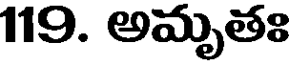
119. అమృతః